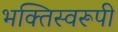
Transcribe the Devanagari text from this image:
भक्तिस्वरूपी